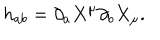
LaTeX: h _ { a b } = \partial _ { a } X ^ { \mu } \partial _ { b } X _ { \mu } .